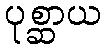
ပုစ္ဆာယ